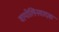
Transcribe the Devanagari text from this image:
वायोलिनवादक